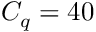
C _ { q } = 4 0